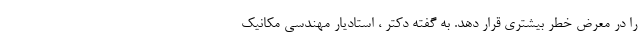
را در معرض خطر بیشتری قرار دهد. به گفته دکتر ، استادیار مهندسی مکانیک